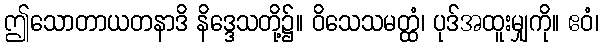
ဤသောတာယတနာဒိ နိဒ္ဒေသတို့၌။ ဝိသေသမတ္ထံ၊ ပုဒ်အထူးမျှကို။ ဧဝံ၊